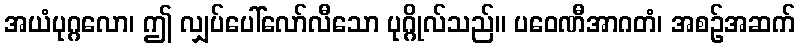
အယံပုဂ္ဂလော၊ ဤ လျှပ်ပေါ်လော်လီသော ပုဂ္ဂိုလ်သည်။ ပဝေဏီအာဂတံ၊ အစဉ်အဆက်